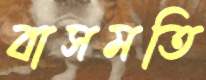
বাসমতি